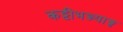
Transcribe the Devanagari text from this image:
कट्टीभञ्ज्याङ्ग